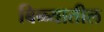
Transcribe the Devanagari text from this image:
बिब्ब्यातील